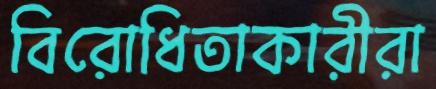
বিরোধিতাকারীরা